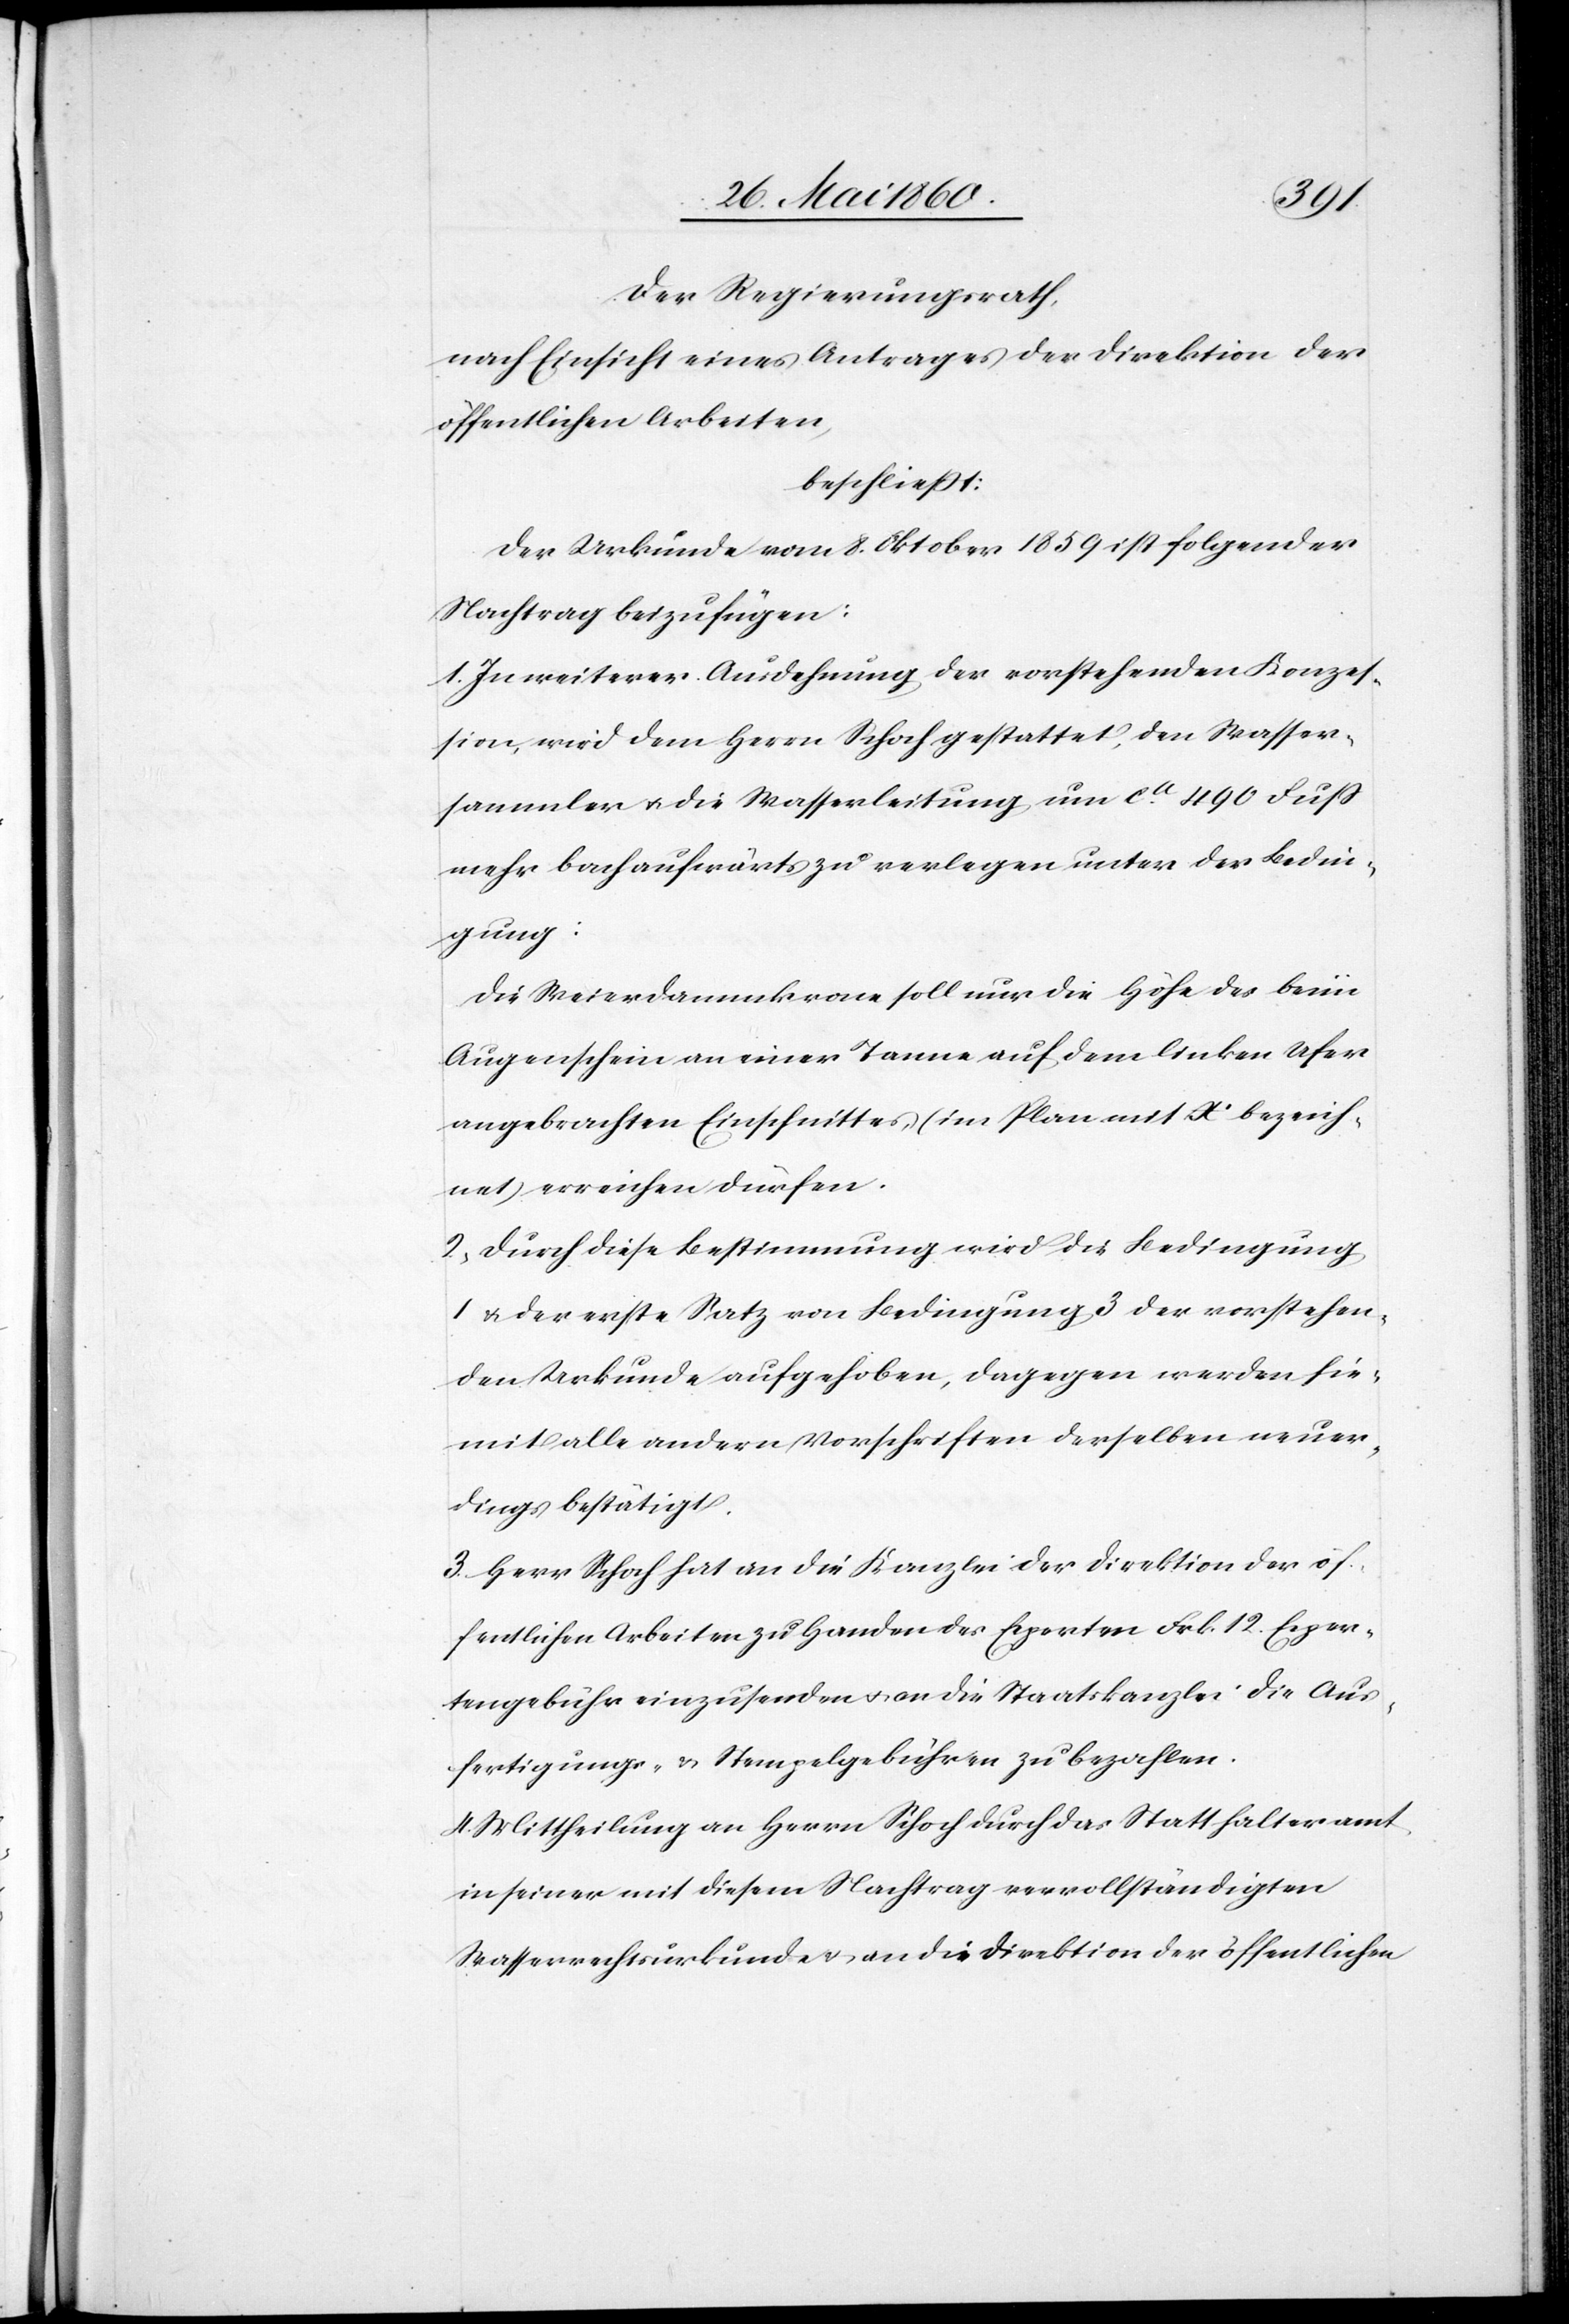
Der Regierungsrath,
nach Einsicht eines Antrages der Direktion der
öffentlichen Arbeiten,
beschliesst:
Der Urkunde vom 8. Oktober 1859 ist folgender
Nachtrag beizufügen:
1. In weiterer Ausdehnung der vorstehenden Konzes¬
sion, wird dem Herrn Schoch gestattet, den Wasser¬
sammler u. die Wasserleitung um ca 490 Fuss
mehr bachaufwärts zu verlegen unter der Bedin¬
gung:
Die Weierdammkrone soll nur die Höhe des beim
Augenschein an einer Tanne auf dem linken Ufer
angebrachten Einschnittes, (im Plane mit X’ bezeich¬
net) erreichen dürfen.
2. Durch diese Bestimmung wird die Bedingung
1 u. der erste Satz von Bedingung 3 der vorstehen¬
den Urkunde aufgehoben, dagegen werden hie¬
mit alle andern Vorschriften derselben neuer¬
dings bestätigt.
3. Herr Schoch hat an die Kanzlei der Direktion der öf¬
fentlichen Arbeiten zu Handen der Experten Frk. 12 Exper¬
tengebühr einzusenden u. an die Staatskanzlei die Aus¬
fertigungs- u. Stempelgebühren zu bezahlen.
4. Mittheilung an Herrn Schoch durch das Statthalteramt
in seiner mit diesem Nachtrag vervollständigten
Wasserrechtsurkunde u. an die Direktion der öffentlichen